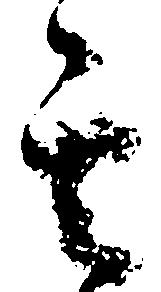
其